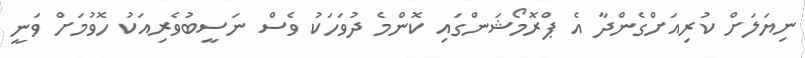
ނިޔަލަށް ކުރިއަށްގެންދާ އެ ޕްރޮމޯޝަންގައި ކޮންމެ ދުވަހަކު ވެސް ނަސީބުވެރިއަކު ހޮވުމަށް ވަނީ